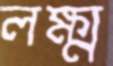
লক্ষ্ম